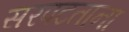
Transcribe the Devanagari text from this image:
सरपटताना